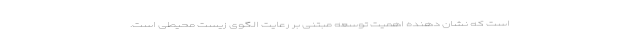
است که نشان دهنده اهمیت توسعه مبتنی بر رعایت الگوی زیست محیطی است.